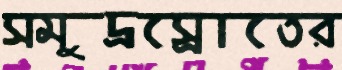
সমুদ্রস্রোতের